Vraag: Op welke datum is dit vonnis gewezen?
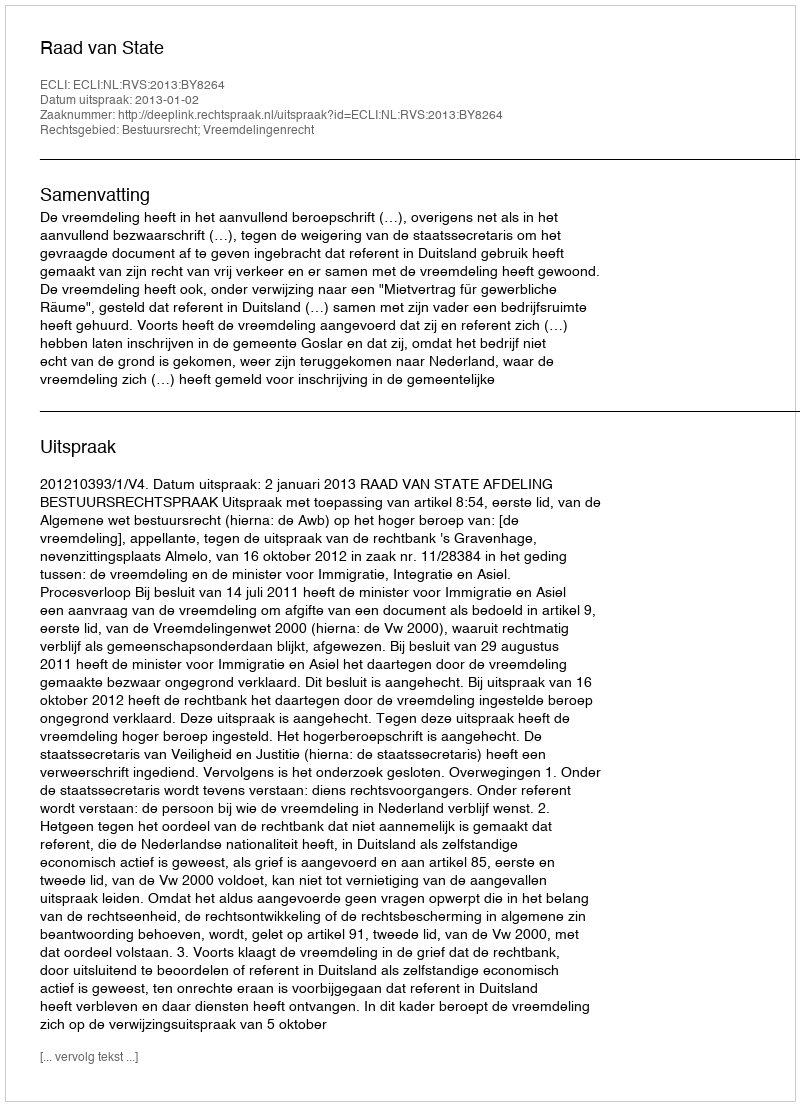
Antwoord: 2013-01-02